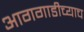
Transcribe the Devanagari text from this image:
आगगाडीच्याच